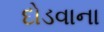
દોડવાના